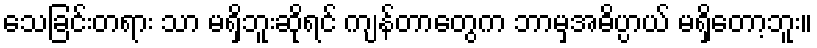
သေခြင်းတရား သာ မရှိဘူးဆိုရင် ကျန်တာတွေက ဘာမှအဓိပ္ပာယ် မရှိတော့ဘူး။